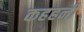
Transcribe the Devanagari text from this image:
कहहनी